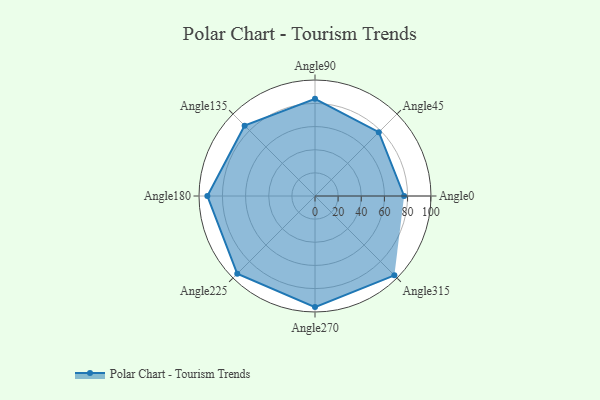
{"axis": {"x": "Angle", "y": "Radius"}, "legend": [""], "data": [{"x": "Angle0", "y": 77.0, "type": ""}, {"x": "Angle45", "y": 78.0, "type": ""}, {"x": "Angle90", "y": 84.0, "type": ""}, {"x": "Angle135", "y": 86.0, "type": ""}, {"x": "Angle180", "y": 93.0, "type": ""}, {"x": "Angle225", "y": 95.0, "type": ""}, {"x": "Angle270", "y": 96.0, "type": ""}, {"x": "Angle315", "y": 97.0, "type": ""}]}